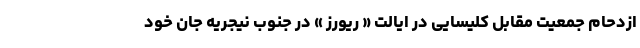
ازدحام جمعیت مقابل کلیسایی در ایالت « ریورز » در جنوب نیجریه جان خود